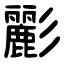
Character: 彲